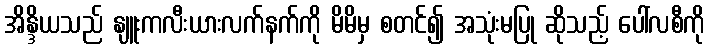
အိန္ဒိယသည် နျူးကလီးယားလက်နက်ကို မိမိမှ စတင်၍ အသုံးမပြု ဆိုသည့် ပေါ်လစီကို